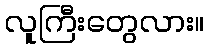
လူကြီးတွေလား။